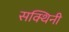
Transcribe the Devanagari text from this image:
सक्थिनी